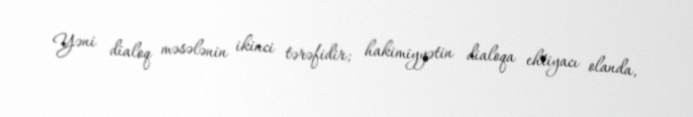
Yəni dialoq məsələnin ikinci tərəfidir; hakimiyyətin dialoqa ehtiyacı olanda,